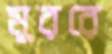
মুররে